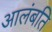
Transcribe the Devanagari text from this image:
आलंबति